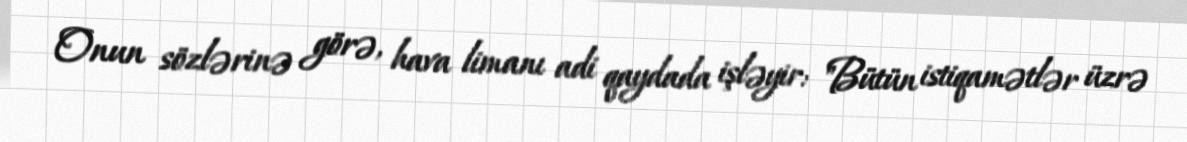
Onun sözlərinə görə, hava limanı adi qaydada işləyir: "Bütün istiqamətlər üzrə